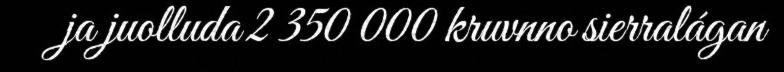
ja juolluda 2 350 000 kruvnno sierralágan